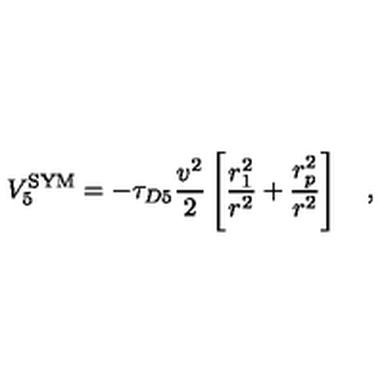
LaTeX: V _ { 5 } ^ { \mathrm { \footnotesize { S Y M } } } = - \tau _ { D 5 } { \frac { v ^ { 2 } } { 2 } } \left[ { \frac { r _ { 1 } ^ { 2 } } { r ^ { 2 } } } + { \frac { r _ { p } ^ { 2 } } { r ^ { 2 } } } \right] \quad ,